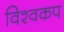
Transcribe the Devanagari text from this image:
विश्‍वकप